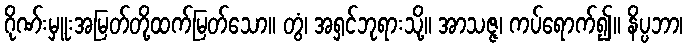
ဂိုဏ်းမှူးအမြတ်တို့ထက်မြတ်သော။ တွံ၊ အရှင်ဘုရားသို့။ အာသဇ္ဇ၊ ကပ်ရောက်၍။ နိပ္ပဘာ၊